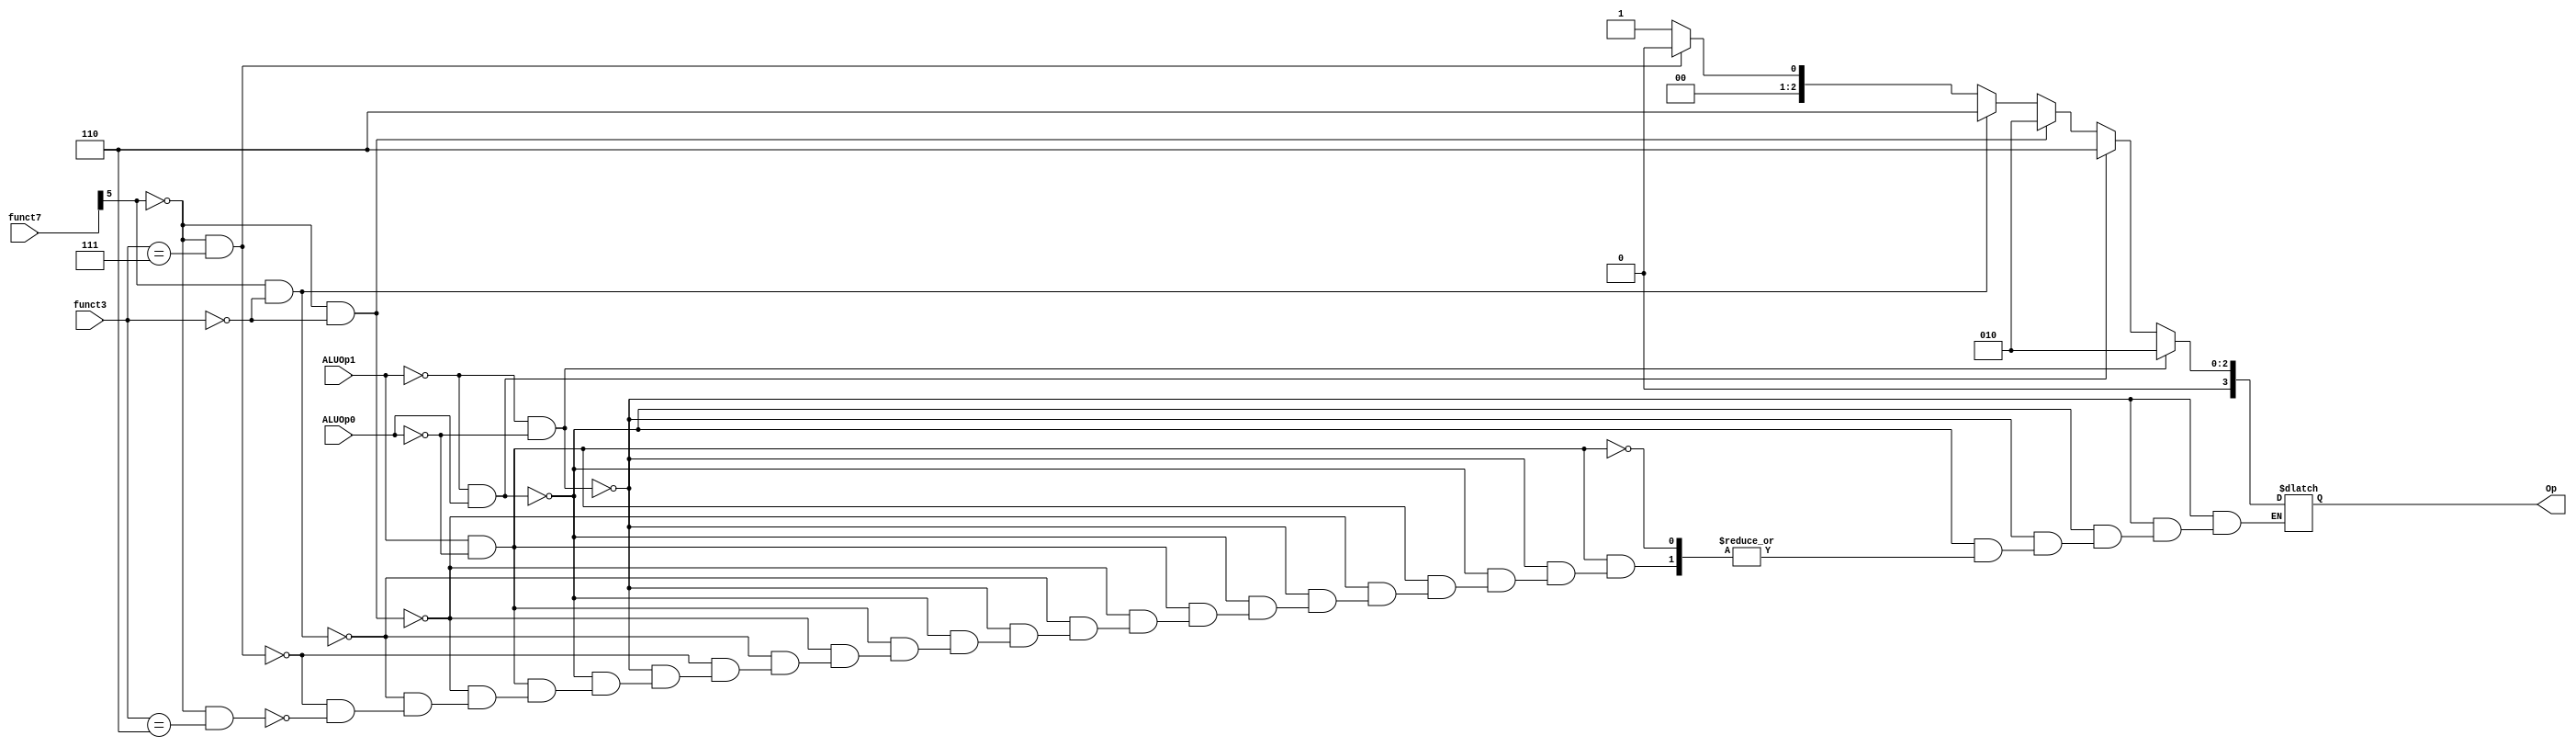
module ALUcontrol(
input ALUOp1, ALUOp0,
input[6:0] funct7,
input[2:0] funct3,
output[3:0] Op
);

reg[3:0] Op;
wire f;

assign f = funct7[5];

always @ (ALUOp1, ALUOp0, f, funct3) begin
	
	if(ALUOp1 == 1'b0 && ALUOp0 == 1'b0)
		Op = 4'b0010;
	else if(ALUOp1 == 1'b0 && ALUOp0 == 1'b1)
		Op = 4'b0110;
	else if(ALUOp1 == 1'b1 && ALUOp0 == 1'b0) begin
		if(f == 1'b0 && funct3 == 3'b000)
			Op = 4'b0010;
		else if(f == 1'b1 && funct3 == 3'b000)
			Op = 4'b0110;
		else if(f == 1'b0 && funct3 == 3'b111)
			Op = 4'b0000;
		else if(f == 1'b0 && funct3 == 3'b110)
			Op = 4'b0001;
	end
	else 
		Op <= Op;
end

endmodule